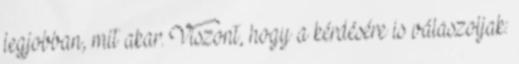
legjobban, mit akar. Viszont, hogy a kérdésére is válaszoljak: